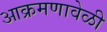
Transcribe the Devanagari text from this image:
आक्रमणावेळी